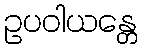
ဥပဝါယန္တေ